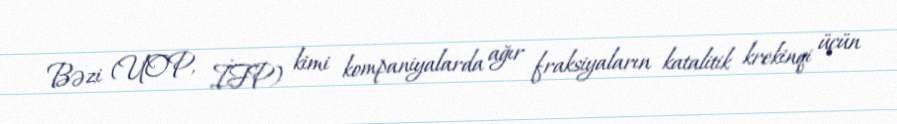
Bəzi (UOP, İFP) kimi kompaniyalarda ağır fraksiyaların katalitik krekinqi üçün